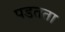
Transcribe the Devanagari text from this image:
पडतता